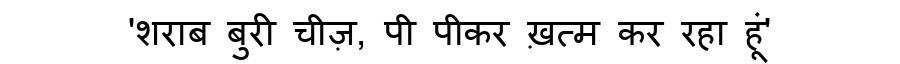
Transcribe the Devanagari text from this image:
'शराब बुरी चीज़, पी पीकर ख़त्म कर रहा हूं'